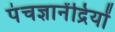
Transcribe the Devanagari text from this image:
पंचज्ञानेंद्रियों